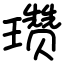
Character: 瓒